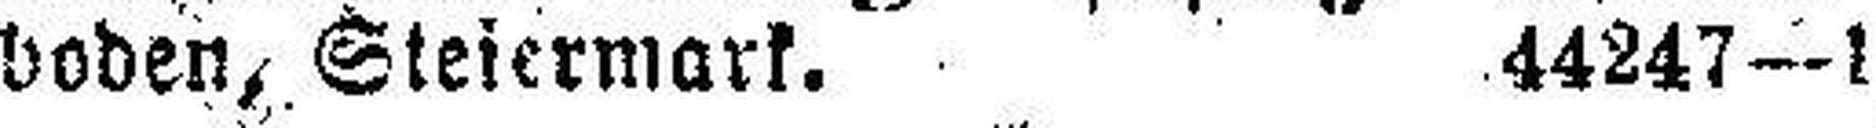
boden, Steiermark. 44247—1